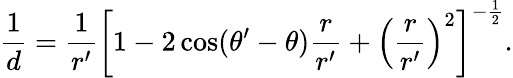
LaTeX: {\frac{1}{d}}={\frac{1}{r^{\prime}}}\left[1-2\cos(\theta^{\prime}-\theta){\frac{r}{r^{\prime}}}+\left({\frac{r}{r^{\prime}}}\right)^{2}\right]^{-{\frac{1}{2}}}.